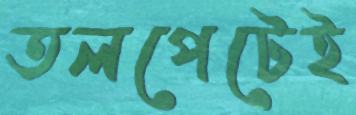
তলপেটেই